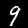
Label: 9